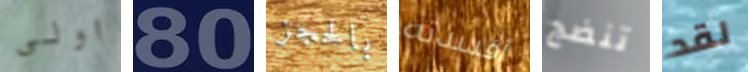
اولى 80 بالحجز أفسدته تنضج لقد